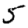
Digit: 5